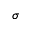
\sigma